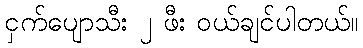
ငှက်ပျောသီး ၂ ဖီး ဝယ်ချင်ပါတယ်။